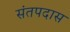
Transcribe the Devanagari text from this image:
संतपदास